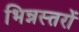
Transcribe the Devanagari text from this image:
भिन्नस्तरों